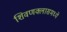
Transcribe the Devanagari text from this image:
शिवणक्लासमध्ये